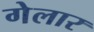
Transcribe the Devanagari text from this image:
गेलार